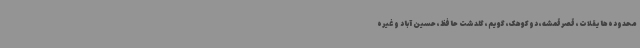
محدوده‌هایقلات، قصرقمشه، دوکوهک، گویم، گلدشت حافظ، حسین آباد و غیره